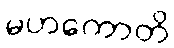
မဟကောတိ